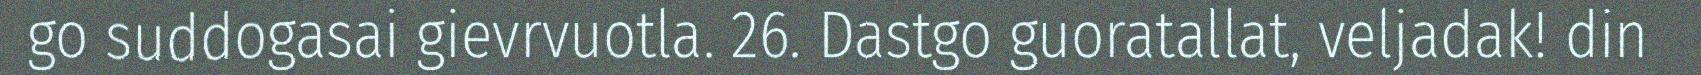
go suddogasai gievrvuotla. 26. Dastgo guoratallat, veljadak! din